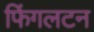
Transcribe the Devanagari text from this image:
फिंगलटन